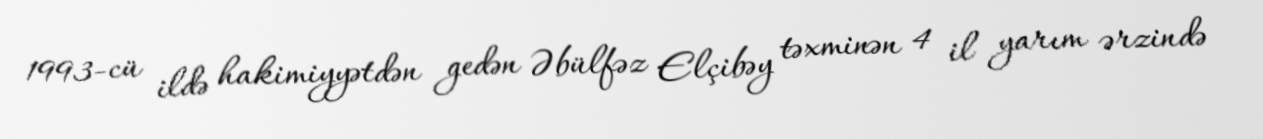
1993-cü ildə hakimiyyətdən gedən Əbülfəz Elçibəy təxminən 4 il yarım ərzində